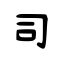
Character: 司